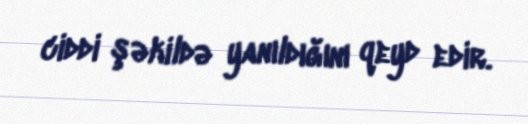
ciddi şəkildə yanıldığını qeyd edir.